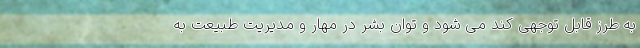
به طرز قابل توجهی کُند می شود و توان بشر در مهار و مدیریت طبیعت به